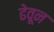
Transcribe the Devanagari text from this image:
ढेवून